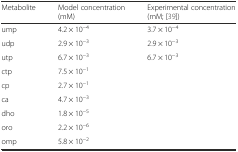
<table><thead><tr><td><b>Metabolite</b></td><td><b>Model concentration (mM)</b></td><td><b>Experimental concentration (mM; [39])</b></td></tr></thead><tbody><tr><td>ump</td><td>4.2 × 10<sup>−4</sup></td><td>3.7 × 10<sup>−4</sup></td></tr><tr><td>udp</td><td>2.9 × 10<sup>−3</sup></td><td>2.9 × 10<sup>−3</sup></td></tr><tr><td>utp</td><td>6.7 × 10<sup>−3</sup></td><td>6.7 × 10<sup>−3</sup></td></tr><tr><td>ctp</td><td>7.5 × 10<sup>−1</sup></td><td></td></tr><tr><td>cp</td><td>2.7 × 10<sup>−1</sup></td><td></td></tr><tr><td>ca</td><td>4.7 × 10<sup>−3</sup></td><td></td></tr><tr><td>dho</td><td>1.8 × 10<sup>−5</sup></td><td></td></tr><tr><td>oro</td><td>2.2 × 10<sup>−6</sup></td><td></td></tr><tr><td>omp</td><td>5.8 × 10<sup>−2</sup></td><td></td></tr></tbody></table>